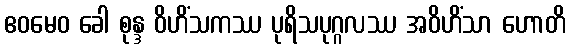
ဧဝမေဝ ခေါ စုန္ဒ ဝိဟိံသကဿ ပုရိသပုဂ္ဂလဿ အဝိဟိံသာ ဟောတိ